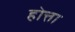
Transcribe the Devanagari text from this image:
होत्ता